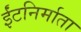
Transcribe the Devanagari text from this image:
ईंटनिर्माता